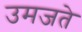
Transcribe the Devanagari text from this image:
उमजते